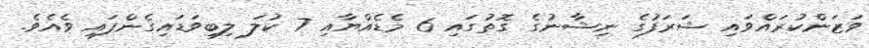
ވަޒަންކުރައްވައި ޝަރަފުގެ ނިޝާނުގެ ގޮތުގައި 6 މެޑެއްޔާއި 7 ކުލަ ލިބިވަޑައިގެންފައި ވެއެވެ.